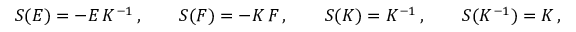
S ( E ) = - E \, K ^ { - 1 } \, , \qquad S ( F ) = - K \, F \, , \qquad S ( K ) = K ^ { - 1 } \, , \qquad S ( K ^ { - 1 } ) = K \, ,